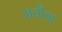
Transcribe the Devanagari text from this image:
मनौना